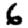
Digit: 6